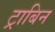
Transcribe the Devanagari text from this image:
ट्राबिन